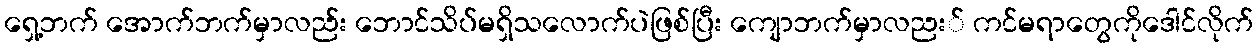
ရှေ့ဘက် အောက်ဘက်မှာလည်း ဘောင်သိပ်မရှိသလောက်ပဲဖြစ်ပြီး ကျောဘက်မှာလညး် ကင်မရာတွေကိုဒေါင်လိုက်